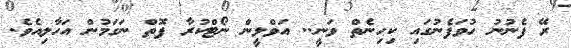
ރޭ ފެނުނު ހުވަފެނުގައި ކިހިނެތް ވަނީ.. އަވްލީން ނޯޓްކުރާ ފޮތް ނަގަމުން އަހާލިއެވެ.